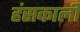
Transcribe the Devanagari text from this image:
हंसकाली